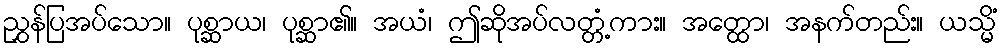
ညွှန်ပြအပ်သော။ ပုစ္ဆာယ၊ ပုစ္ဆာ၏။ အယံ၊ ဤဆိုအပ်လတ္တံ့ကား။ အတ္ထော၊ အနက်တည်း။ ယသ္မိံ